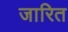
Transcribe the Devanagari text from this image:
जारित